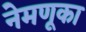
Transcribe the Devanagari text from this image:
नेमणूका